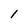
Character: 1